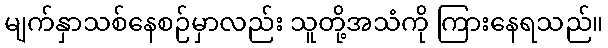
မျက်နှာသစ်နေစဉ်မှာလည်း သူတို့အသံကို ကြားနေရသည်။